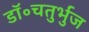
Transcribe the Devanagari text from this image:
डॉ॰चतुर्भुज